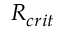
R _ { c r i t }